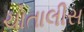
ચોતાલીસ